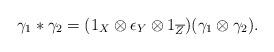
LaTeX: \begin{gather*}\gamma_1 \ast \gamma_2 = (1_X \otimes \epsilon_Y\otimes 1_{\overline{Z}}) (\gamma_1\otimes \gamma_2).\end{gather*}